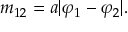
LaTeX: m _ { 1 2 } = a | \varphi _ { 1 } - \varphi _ { 2 } | .